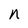
Character: n